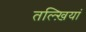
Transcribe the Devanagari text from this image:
तल्ख़ियां